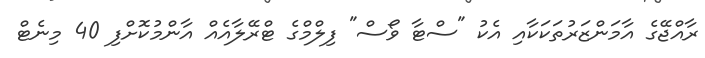
ރާއްޖޭގެ އާމަންޒަރުތަކަކާއި އެކު "ސްޓާ ވޯސް" ފިލްމްގެ ޓްރޭލާއެއް އާންމުކޮށްފި 40 މިނެޓް